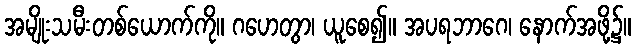
အမျိုးသမီးတစ်ယောက်ကို။ ဂဟေတွာ၊ ယူစေ၍။ အပရဘာဂေ၊ နောက်အဖို့၌။